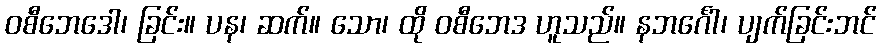
ဝစီဘေဒေါ၊ ခြင်း။ ပန၊ ဆက်။ သော၊ ထို ဝစီဘေဒ ဟူသည်။ နဘင်္ဂေါ၊ ပျက်ခြင်းဘင်